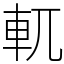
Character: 軏